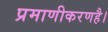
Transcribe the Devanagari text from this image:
प्रमाणीकरणहै।